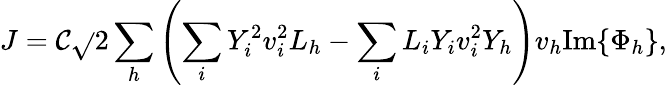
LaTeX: J=\mathcal{C}\sqrt{}{{2}}\sum_{h}\left(\sum_{i}Y_{i}^{2}v_{i}^{2}L_{h}-\sum_{i}L_{i}Y_{i}v_{i}^{2}Y_{h}\right)v_{h}\mathrm{{Im}}\{ \Phi_{h}\} ,